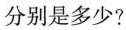
分别是多少?